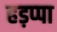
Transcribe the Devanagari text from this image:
हड़प्‍पा